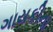
ગાયકીના